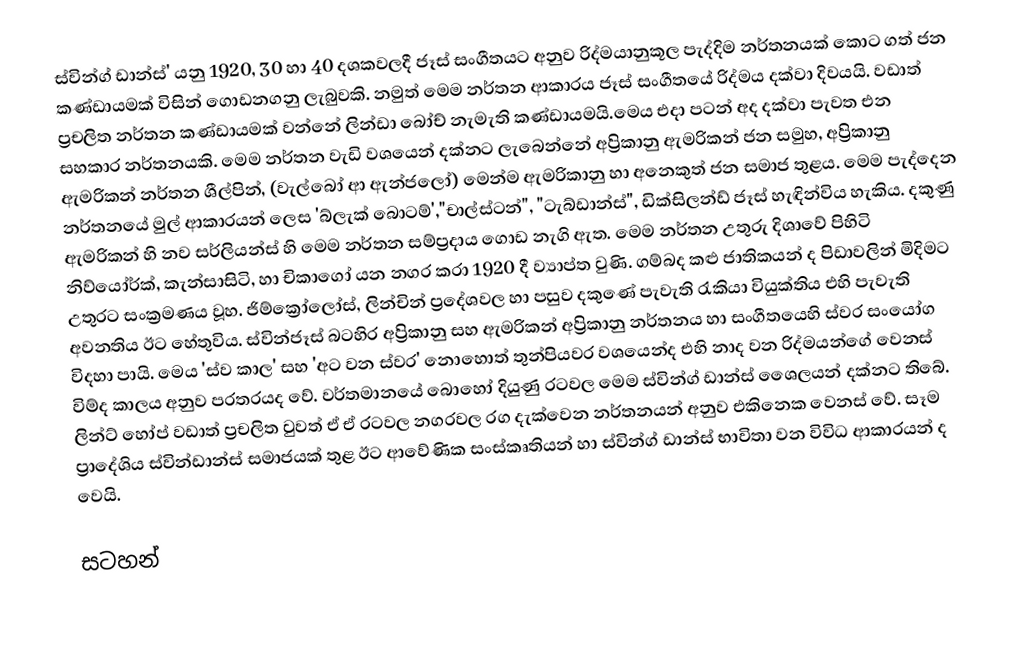
ස්වින්ග් ඩාන්ස්' යනු 1920, 30 හා 40 දශකවලදී ජෑස් සංගීතයට අනුව  රිද්මයානුකූල පැද්දිම නර්තනයක් කොට ගත් ජන කණ්ඩායමක් විසින් ගොඩනගනු ලැබුවකි. නමුත් මෙම නර්තන ආකාරය ජෑස් සංගීතයේ රිද්මය දක්වා දිවයයි. වඩාත් ප්‍රචලිත නර්තන කණ්ඩායමක් වන්නේ ලින්ඩා බෝච් නැමැති කණ්ඩායමයි.මෙය එදා පටන් අද දක්වා පැවත එන සහකාර නර්තනයකි. මෙම නර්තන වැඩි වශයෙන් දක්නට ලැබෙන්නේ අප්‍රිකානු ඇමරිකන් ජන සමුහ, අප්‍රිකානු ඇමරිකන් නර්තන ශීල්පින්, (වැල්බෝ ආ ඇන්ජලෝ) මෙන්ම ඇමරිකානු හා අනෙකුත් ජන සමාජ තුළය. මෙම පැද්දෙන නර්තනයේ මුල් ආකාරයන් ලෙස 'බ්ලැක් බොටම්',"චාල්ස්ටන්", "ටැබ්ඩාන්ස්", ඩික්සිලන්ඩ් ජෑස් හැඳින්විය හැකිය. දකුණු ඇමරිකන් හි නව සර්ලියන්ස් හි මෙම නර්තන සම්ප්‍රදාය ගොඩ නැගි ඇත. මෙම නර්තන උතුරු දිශාවේ පිහිටි නිව්යෝර්ක්, කැන්සාසිටි, හා චිකාගෝ යන නගර කරා 1920 දී ව්‍යාප්ත වුණි. ගම්බද කළු ජාතිකයන් ද පිඩාවලින් මිදිමට උතුරට සංක්‍රමණය වූහ. ජිම්ක්‍රෝලෝස්, ලින්චින් ප්‍රදේශවල හා පසුව දකුණේ පැවැති රැකියා වියුක්තිය එහි පැවැති අවනතිය ඊට හේතුවිය. ස්වින්ජෑස් බටහිර අප්‍රිකානු සහ ඇමරිකන් අප්‍රිකානු නර්තනය හා සංගීතයෙහි ස්වර සංයෝග විදහා පායි. මෙය 'ස්ව කාල' සහ 'අට වන ස්වර' නොහොත් තුන්පියවර වශයෙන්ද එහි නාද වන රිද්මයන්ගේ වෙනස් විම්ද කාලය අනුව පරතරයද වේ. වර්තමානයේ බොහෝ දියුණු රටවල මෙම ස්වින්ග් ඩාන්ස් ශෛලයන් දක්නට තිබේ. ලින්ට් හෝප් වඩාත් ප්‍රචලිත වුවත් ඒ ඒ රටවල නගරවල රග දැක්වෙන නර්තනයන් අනුව එකිනෙක වෙනස් වේ. සෑම ප්‍රාදේශිය ස්වින්ඩාන්ස් සමාජයක් තුළ ඊට ආවේණික සංස්කෘතියන් හා ස්වින්ග් ඩාන්ස් භාවිතා වන විවිධ ආකාරයන් ද වෙයි.

සටහන්